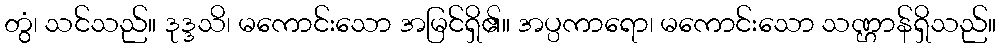
တွံ၊ သင်သည်။ ဒုဒ္ဒသိ၊ မကောင်းသော အမြင်ရှိ၏။ အပ္ပကာရော၊ မကောင်းသော သဏ္ဌာန်ရှိသည်။